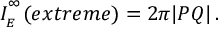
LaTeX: I _ { \phantom { } _ { E } } ^ { \phantom { } ^ { \infty } } ( e x t r e m e ) = 2 \pi | P Q | \, .